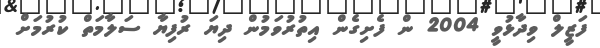
ފަޒީލް ވިދާޅުވީ 2004 ން ފެށިގެން އިތުރުވަމުން ދިޔަ ރުފިޔާ ސަލާމަތް ކުރުމަށް